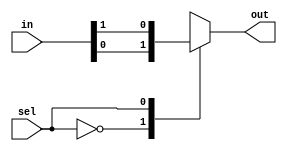
module mux_case(input wire sel, input wire [1:0] in, output reg out);

always @*
begin
    case(sel)
        2'b00: out = in[0]; // select in[0] when sel is 00
        2'b01: out = in[1]; // select in[1] when sel is 01
        default: out = 1'b0; // default value
    endcase
end

endmodule